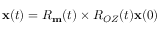
{ \bf x } ( t ) = R _ { \bf m } ( t ) \times R _ { O Z } ( t ) { \bf x } ( 0 )